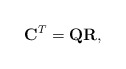
\begin{align*}{\bf C} ^T = {\bf Q} {\bf R} ,\end{align*}